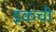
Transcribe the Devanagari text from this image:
इंकची